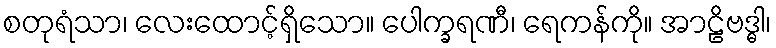
စတုရံသာ၊ လေးထောင့်ရှိသော။ ပေါက္ခရဏီ၊ ရေကန်ကို။ အာဠိဗဒ္ဓါ၊